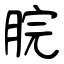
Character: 脘